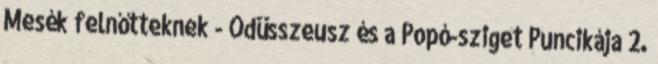
Mesék felnőtteknek - Odüsszeusz és a Popó-sziget Puncikája 2.